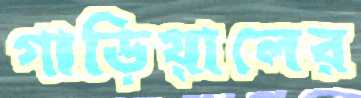
গাড়িয়ালের